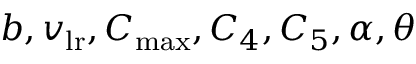
b , v _ { \mathrm { l r } } , C _ { \mathrm { m a x } } , C _ { 4 } , C _ { 5 } , \alpha , \theta